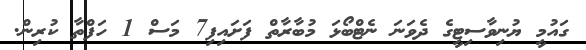
ގައުމީ ޔުނިވާސިޓީގެ ދެވަނަ ނެޓްބޯޅަ މުބާރާތް ފަށައިފި7 މަސް 1 ހަފްތާ ކުރިން.